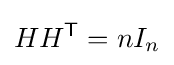
HH^{\textsf {T}}=nI_{n}